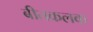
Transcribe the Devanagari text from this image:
बीतकलक